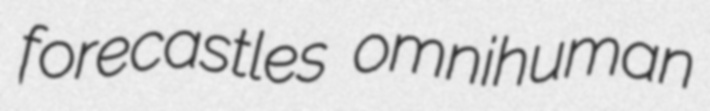
forecastles omnihuman